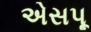
એસપૂ